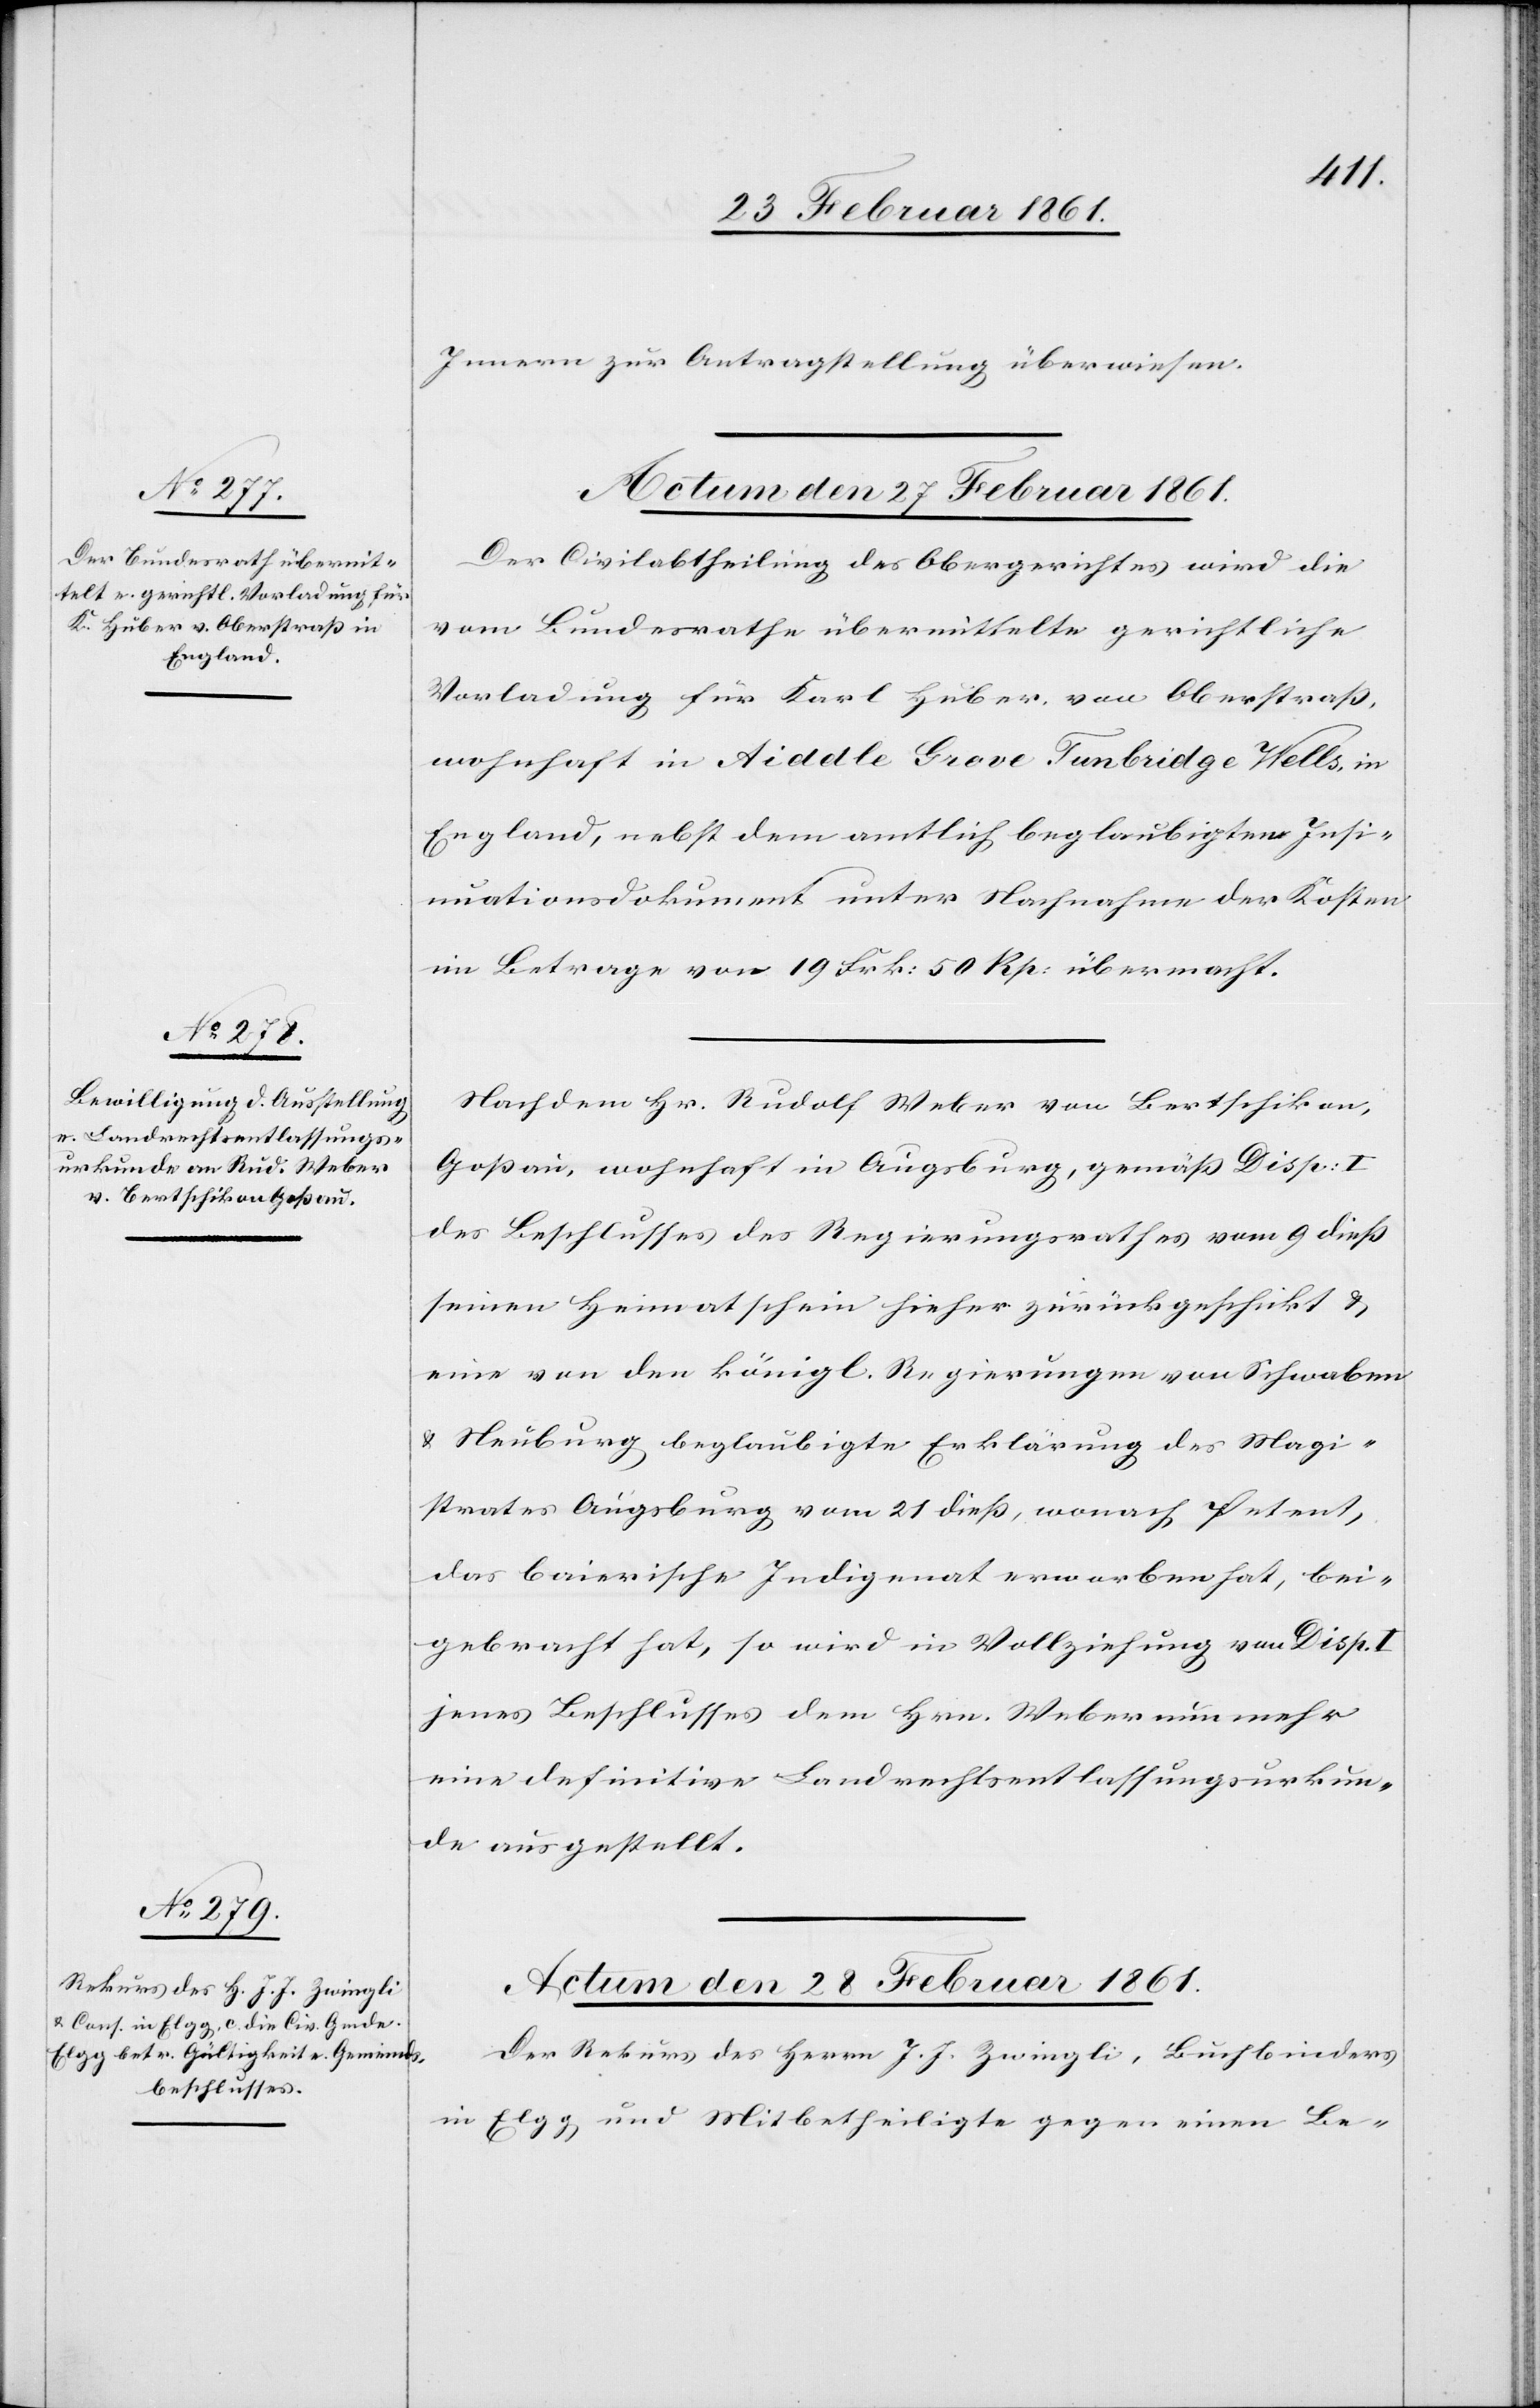
Innern zur Antragstellung überwiesen.
Actum den 27. Februar 1861.
Der Civilabtheilung des Obergerichtes wird die
vom Bundesrathe übermittelte gerichtliche
Vorladung für Karl Huber, von Oberstrass,
England, nebst dem amtlich beglaubigten Insi¬
nuationsdokument unter Nachnahme der Kosten
im Betrage von 19 Frk. 50 Rp. übermacht.
Nachdem Hr. Rudolf Weber von Bertschikon,
Gossau, wohnhaft in Augsburg, gemäss Disp. I.
des Beschlusses des Regierungsrathes vom 9. diess
seinen Heimatschein hieher zurückgeschickt u.
eine von den königl. Regierungen von Schwaben
u. Neuburg beglaubigte Erklärung des Magi¬
strates Augsburg vom 21. diess, wonach Petent,
das baierische Indigenat erworben hat, bei¬
gebracht hat, so wird in Vollziehung von Disp.
jenes Beschlusses dem Hrn. Weber nunmehr
eine definitive Landrechtentlassungsurkun¬
de ausgestellt.
Actum den 28. Februar 1861.
Der Rekurs des Herrn J. J. Zwingli, Buchbinders
in Elgg, und Mitbetheiligte gegen einen Be-